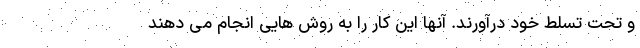
و تحت تسلط خود درآورند. آنها این کار را به روش هایی انجام می دهند